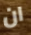
ان